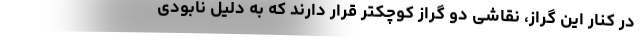
در کنار این گراز، نقاشی دو گراز کوچکتر قرار دارند که به دلیل نابودی